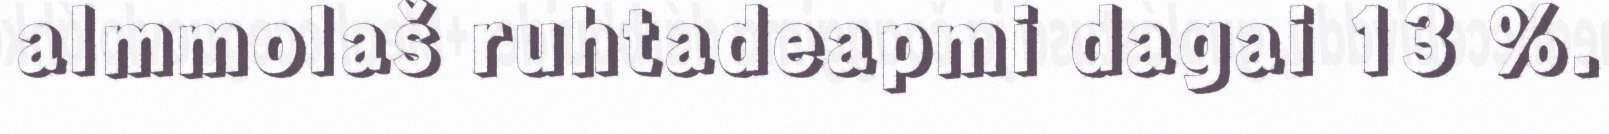
almmolaš ruhtadeapmi dagai 13 %.